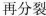
再分裂